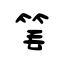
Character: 笔